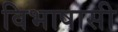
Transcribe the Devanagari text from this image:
विभाषासी